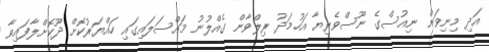
އަދި މިނިވަން ނިއުސްގެ ނޫސްވެރިޔާ އަހުމަދު ރިލްވާން ގެއްލުނު މައްސަލައިގައި ހައްޔަރުކޮށް ދޫކޮށްލާފައިވާ